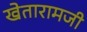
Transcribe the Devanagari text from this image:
खेतारामजी